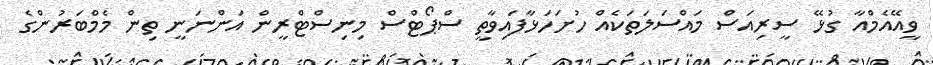
ވީއޭއެމްއާ ގުޅޭ ސީރިއަސް މައްސަލަތަކެއް ހުށަހަޅާފައިވާތީ ސްޕޯޓްސް މިނިސްޓްރީން އަންނަނީ ތިން މެމްބަރުންގެ